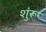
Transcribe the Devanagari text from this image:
शुंरू